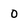
Character: 0